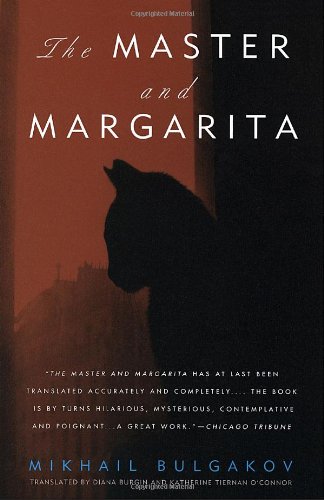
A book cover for The Master and Margarita; Mikhail Bulgakov; Literature & Fiction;